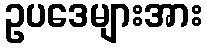
ဥပဒေများအား